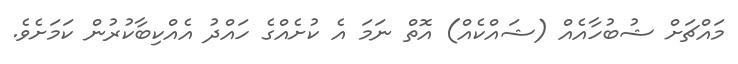
މައްޗަށް ޝުބުހާއެއް (ޝައްކެއް) އޮތް ނަމަ އެ ކުށެއްގެ ހައްދު އެއްކިބާކުރުން ކަމަށެވެ.